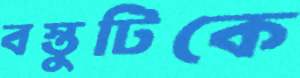
বস্তুটিকে